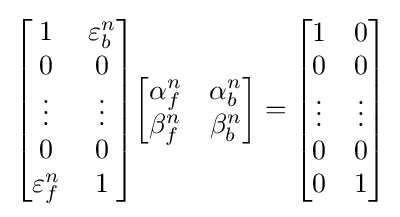
{\begin{bmatrix}1&\varepsilon _{b}^{n}\\0&0\\\vdots &\vdots \\0&0\\\varepsilon _{f}^{n}&1\end{bmatrix}}{\begin{bmatrix}\alpha _{f}^{n}&\alpha _{b}^{n}\\\beta _{f}^{n}&\beta _{b}^{n}\end{bmatrix}}={\begin{bmatrix}1&0\\0&0\\\vdots &\vdots \\0&0\\0&1\end{bmatrix}}